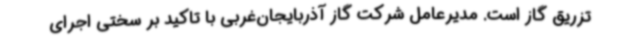
تزریق گاز است. مدیرعامل شرکت گاز آذربایجان‌غربی با تاکید بر سختی اجرای